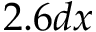
2 . 6 d x